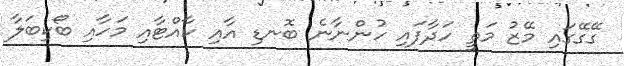
ގޭގޭގައި މޭޒު މަތީ ހަދާފައި ހުންނާނެ ބޮނޑި އާއި ކާއްޓާއި މަހާއި ބޯކިބަލާ